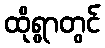
ထိုရွာတွင်